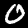
Digit: 0